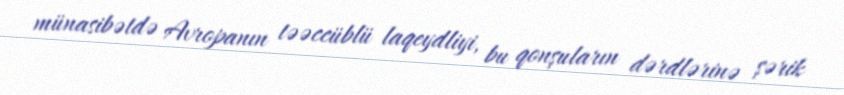
münasibətdə Avropanın təəccüblü laqeydliyi, bu qonşuların dərdlərinə şərik